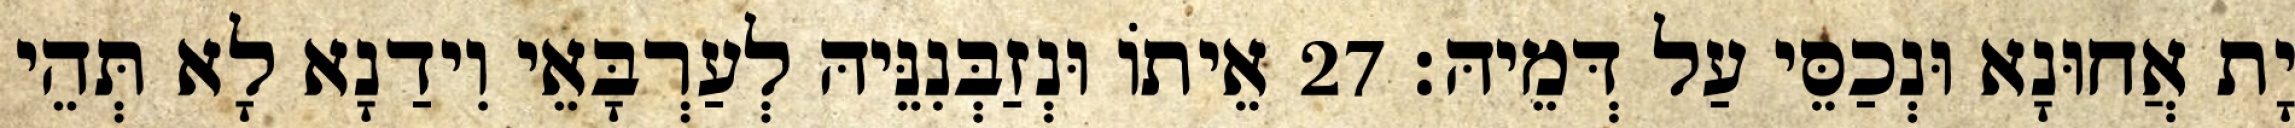
יָת אֲחוּנָא וּנְכַסֵּי עַל דְּמֵיהּ׃ 27 אֵיתוֹ וּנְזַבְּנִנֵּיהּ לְעַרְבָּאֵי וִידַנָא לָא תְּהֵי